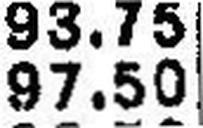
97.50